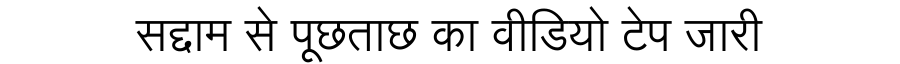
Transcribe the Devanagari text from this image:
सद्दाम से पूछताछ का वीडियो टेप जारी